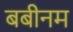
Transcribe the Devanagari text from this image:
बबीनम